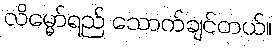
လိမ္မော်ရည် သောက်ချင်တယ်။